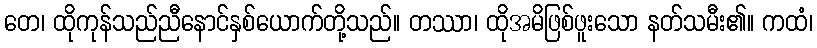
တေ၊ ထိုကုန်သည်ညီနောင်နှစ်ယောက်တို့သည်။ တဿာ၊ ထိုအမိဖြစ်ဖူးသော နတ်သမီး၏။ ကထံ၊